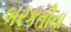
બરકતીના